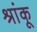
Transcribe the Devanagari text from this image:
श्रांकू